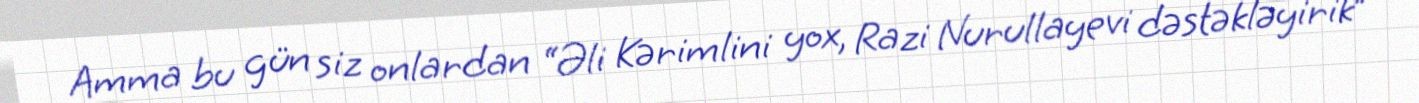
Amma bu gün siz onlardan “Əli Kərimlini yox, Razi Nurullayevi dəstəkləyirik”